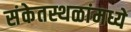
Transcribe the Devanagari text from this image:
संकेतस्थळांमध्ये